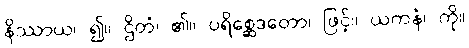
နိဿာယ၊ ၍။ ဌိတံ၊ ၏။ ပရိစ္ဆေဒတော၊ ဖြင့်။ ယကနံ၊ ကို။